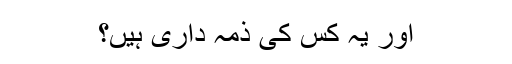
اور یہ کس کی ذمہ داری ہیں؟